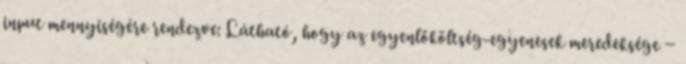
input mennyiségére rendezve: Látható, hogy az egyenlőköltség-egyenesek meredeksége −